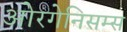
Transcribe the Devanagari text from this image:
ओरगेनिसम्स